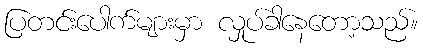
ပြတင်းပေါက်များမှာ လှုပ်ခါနေတော့သည်။